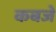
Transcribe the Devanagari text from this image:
कबजे